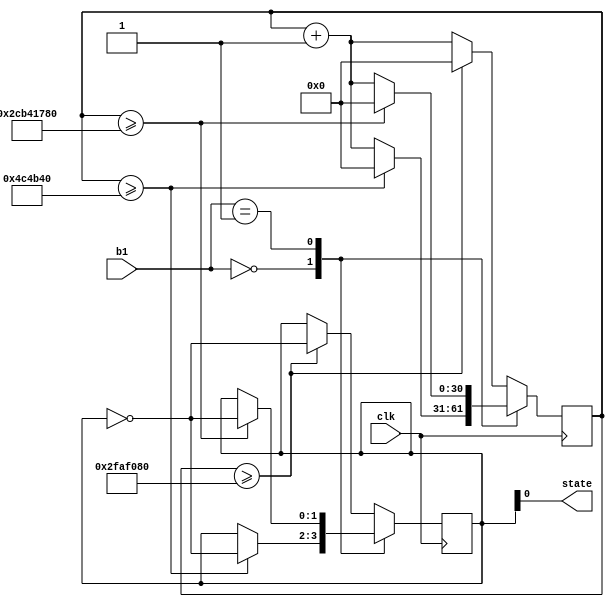
module contador (
    input clk,
	 input [1:0] b1,
    output state);

    reg [30:0]count;
    reg [1:0] lig;
    assign state = (lig);

    always @ (posedge clk ) begin
      count <= count + 1;
      case (b1)

			2'b00 : if (count >= 5000000) begin
						  lig <= ~lig;
						  count <= 0;
						end
			2'b01 : if (count >= 750000000) begin
						  lig <= ~lig;
						  count <= 0;
						end
			default : if (count >= 50000000) begin
						  lig <= ~lig;
						  count <= 0;
						end
		endcase
    end

endmodule //

module phudim (
    input CLOCK_50,
	 input [2:0] KEY,
    output [7:0] LEDG,
	 output [9:0] LEDR
	 );

    wire state;
	 reg [1:0] b1 = 2;

    contador LED(CLOCK_50, b1, state);

	 always @ (posedge CLOCK_50) begin
		 if (~KEY[0]) begin
				b1 = 2'b00;
		 end
		 else if (~KEY[1]) begin
				b1 = 2'b01;
		 end
		 else if (~KEY[2]) begin
				b1 = 2'b10;
		 end
	 end

    assign  LEDG[0] = state;
	 assign  LEDG[1] = ~state;
	 assign  LEDG[2] = state;
	 assign  LEDG[3] = ~state;
	 assign  LEDG[4] = state;
	 assign  LEDG[5] = ~state;
	 assign  LEDG[6] = state;
	 assign  LEDG[7] = ~state;
	 assign  LEDR[0] = state;
	 assign  LEDR[1] = ~state;
	 assign  LEDR[2] = state;
	 assign  LEDR[3] = ~state;
	 assign  LEDR[4] = state;
	 assign  LEDR[5] = ~state;
	 assign  LEDR[6] = state;
	 assign  LEDR[7] = ~state;
	 assign  LEDR[8] = state;
	 assign  LEDR[9] = ~state;


endmodule //